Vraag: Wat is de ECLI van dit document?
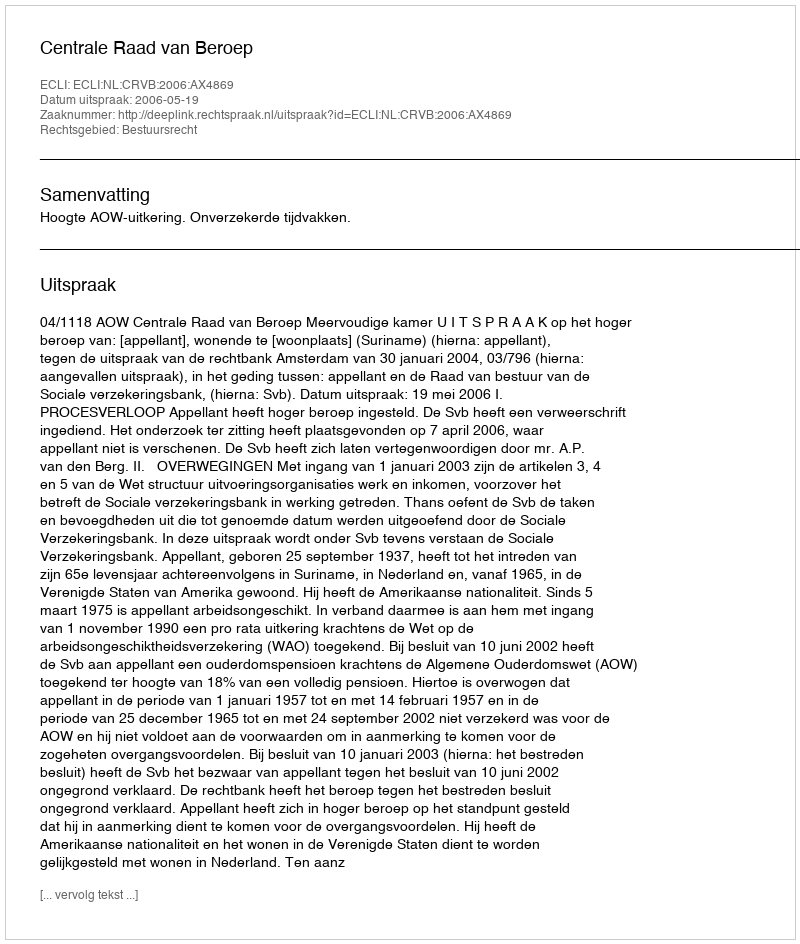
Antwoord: ECLI:NL:CRVB:2006:AX4869